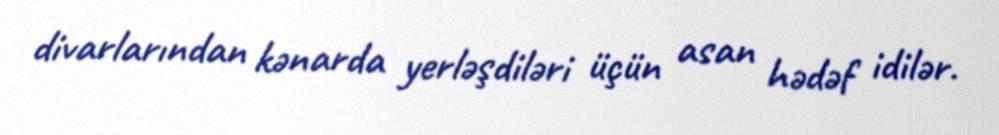
divarlarından kənarda yerləşdiləri üçün asan hədəf idilər.